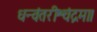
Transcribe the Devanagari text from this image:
धन्वंतरीश्चंद्रमा।